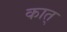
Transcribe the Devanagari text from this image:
कात्‌